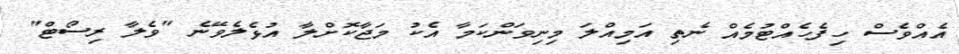
އެއްވެސް ހިފެހެއްޓުމެއް ނެތި އަމިއްލަ މިނިވަންކަމާ އެކު މަޖާކޮށްލާ އުޅެލެވޭނެ "ވެލާ ރިސޯޓް"